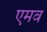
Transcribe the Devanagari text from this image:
एमव